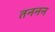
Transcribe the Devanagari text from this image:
तननन